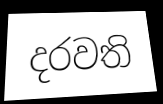
දරවති